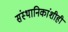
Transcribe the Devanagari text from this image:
संस्‍थानिकांशीही